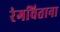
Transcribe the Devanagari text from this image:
रंगविताना